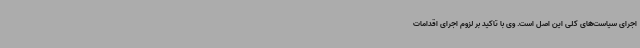
اجرای سیاست‌های کلی این اصل است. وی با تاکید بر لزوم اجرای اقدامات